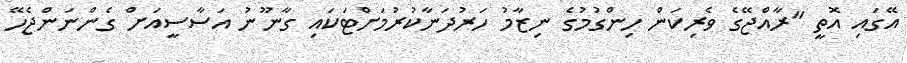
އޭގައި އޮތީ "ރާއްޖޭގެ ވެރިކަން ހިންގުމުގެ ނިޒާމު ހަރުދަނާކުރުމަށްޓަކައި ގާނޫނު އަސާސީއަށް ގެންނަންޖެހޭ